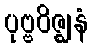
ပုဗ္ဗဝိဇ္ဈနံ